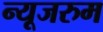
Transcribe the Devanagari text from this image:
न्यूजरुम